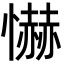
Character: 懗